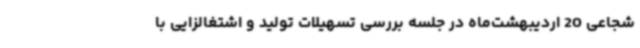
شجاعی 20 اردیبهشت‌ماه در جلسه بررسی تسهیلات تولید و اشتغالزایی با